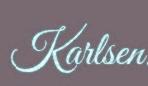
Karlsen.